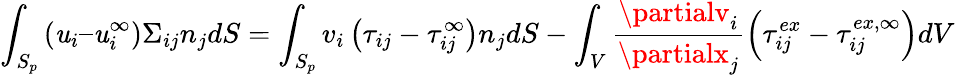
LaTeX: \int_{S_{p}}\left(\mathit{u}_{i}–\mathit{u}_{i}^{\infty}\right)\Sigma_{ij}n_{j}dS=\int_{S_{p}}v_{i}\left(\tau_{ij}-\tau_{ij}^{\infty}\right)n_{j}dS-\int_{V}\frac{{\partialv_{i}}}{{\partialx_{j}}}\left(\tau_{ij}^{ex}-\tau_{ij}^{ex,\infty}\right)dV